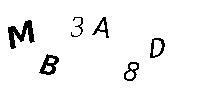
MB3A8D